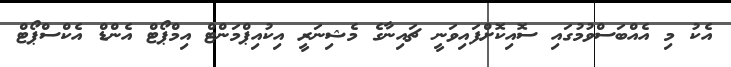
އެކު މި އެއްބަސްވުމުގައި ސޮއިކޮށްފައިވަނީ ޗައިނާގެ މެޝިނަރީ އިކުއިޕްމަންޓް އިމްޕޯޓް އެންޑް އެކްސްޕޯޓް